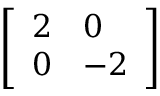
\left[ \begin{array} { l l } { 2 } & { 0 } \\ { 0 } & { - 2 } \end{array} \right]